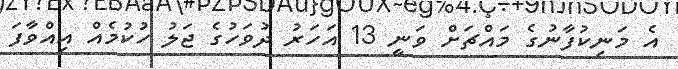
އެ މަނިކުފާނުގެ މައްޗަށް ވަނީ 13 އަހަރު ދުވަހުގެ ޖަލު ހުކުމެއް އިއްވާފަ